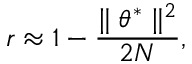
r \approx 1 - \frac { \parallel \theta ^ { * } \parallel ^ { 2 } } { 2 N } ,